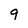
Character: 9